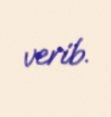
verib.